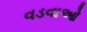
વડવાઓ